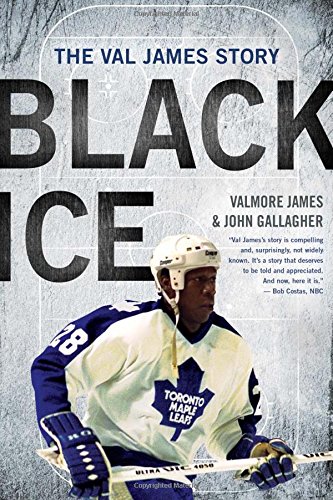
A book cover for Black Ice: The Val James Story; Valmore James; Biographies & Memoirs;